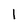
Character: 1